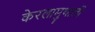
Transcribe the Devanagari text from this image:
केरलामुथाली